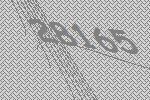
28165